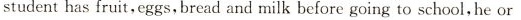
student has fruit，eggs，bread and milk before going to school，he or